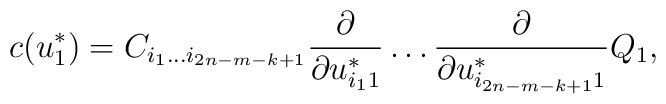
c(u^*_1)=C_{i_1\ldots i_{2n-m-k+1}}{\partial\over\partial u^*_{i_11}}\ldots{\partial\over\partial u^*_{i_{2n-m-k+1}1}}Q_1,